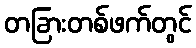
တခြားတစ်ဖက်တွင်